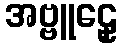
အဗ္ဗူဠှေ